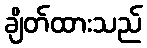
ချိတ်ထားသည်